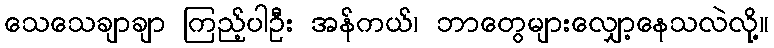
သေသေချာချာ ကြည့်ပါဦး အန်ကယ်၊ ဘာတွေများလျှော့နေသလဲလို့။